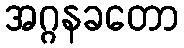
အဂ္ဂနခတော